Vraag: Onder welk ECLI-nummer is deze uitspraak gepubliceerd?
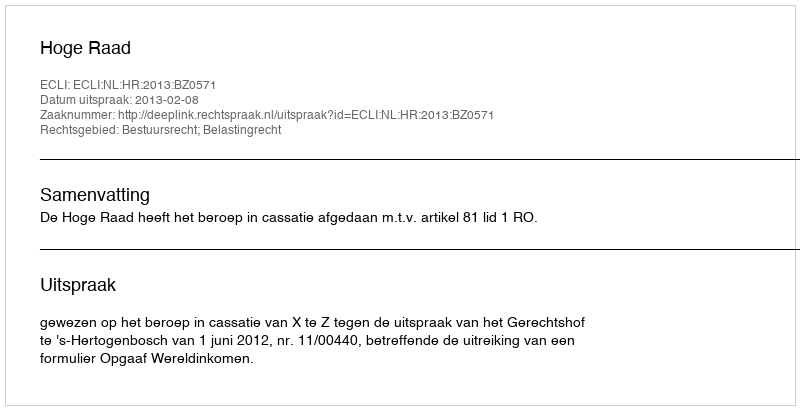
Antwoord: ECLI:NL:HR:2013:BZ0571